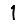
Digit: 1